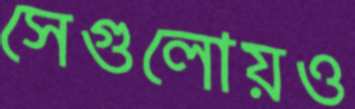
সেগুলোয়ও